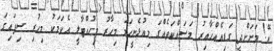
އޭ! މަށަށްދީ ގަޑިއެއްހާއިރު މަސައްކަތެއްގަ މިއުޅެނީހަމަ މިހާރު މިހުއްޓާލީ އެކަމަކު މިހުރި ސިފައިގަ